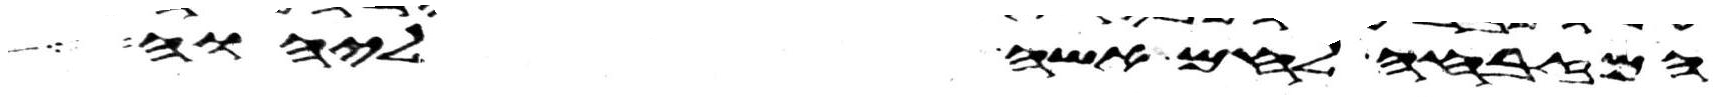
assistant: המזבחה לחם אשה ליהוה